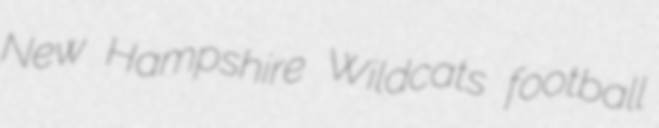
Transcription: New Hampshire Wildcats football